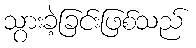
သွားခဲ့ခြင်းဖြစ်သည်